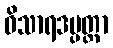
ဝိသာရဒပ္ပတ္တာ